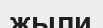
жыли